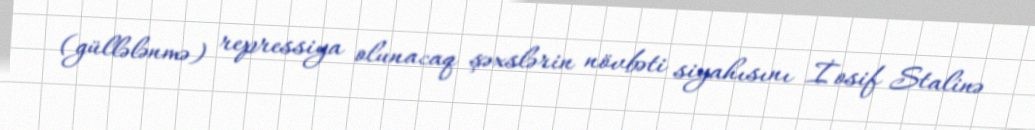
(güllələnmə) repressiya olunacaq şəxslərin növbəti siyahısını İosif Stalinə